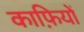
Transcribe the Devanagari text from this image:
काफ़ियों